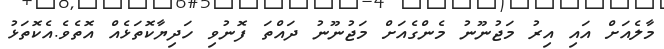
މާލެއަށް އައި އިރު މަޖުނޫނު މެންގެއަށް މަޖުނޫނު ދައްތަ ފޮނުވި ހަދިޔާކޮތަޅެއް އޮތެވެ.އެކޮތަޅު